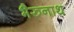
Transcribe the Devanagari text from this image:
भैरुनाथ